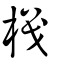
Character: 樴